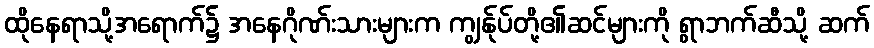
ထိုနေရာသို့အရောက်၌ အနေဂိုဏ်းသားများက ကျွန်ုပ်တို့၏ဆင်များကို ရွာဘက်ဆီသို့ ဆက်